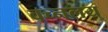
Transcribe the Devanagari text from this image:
वच्नलय्